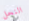
النحل